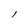
Character: l